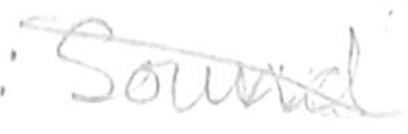
Text: Sound
Cross-out: diagonal
Writing tool: pencil